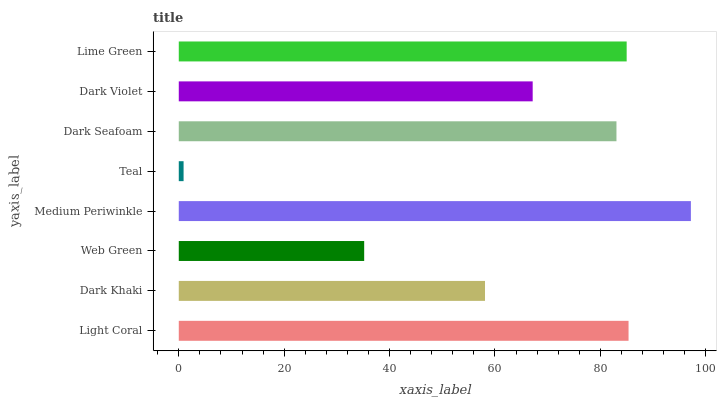
| yaxis_label | bars |
 | --- | --- |
 | Light Coral | 85.4 |
 | Dark Khaki | 58.1 |
 | Web Green | 35.2 |
 | Medium Periwinkle | 97.2 |
 | Teal | 0.912 |
 | Dark Seafoam | 83.1 |
 | Dark Violet | 67.2 |
 | Lime Green | 85 |